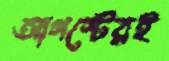
আগস্টেরই